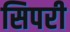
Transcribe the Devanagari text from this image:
सिपरी